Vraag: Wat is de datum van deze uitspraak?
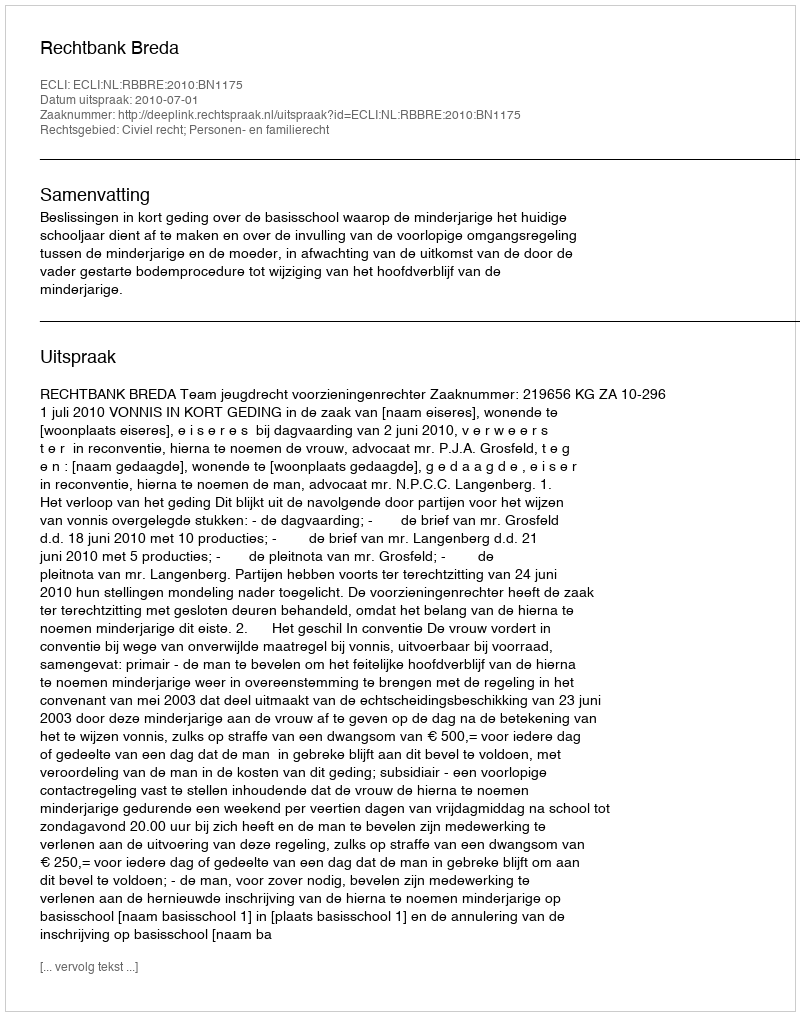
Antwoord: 2010-07-01